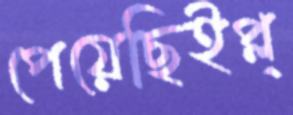
পেয়েছিইপ্ল্